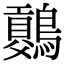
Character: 𪅷